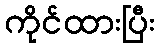
ကိုင်ထားပြီး